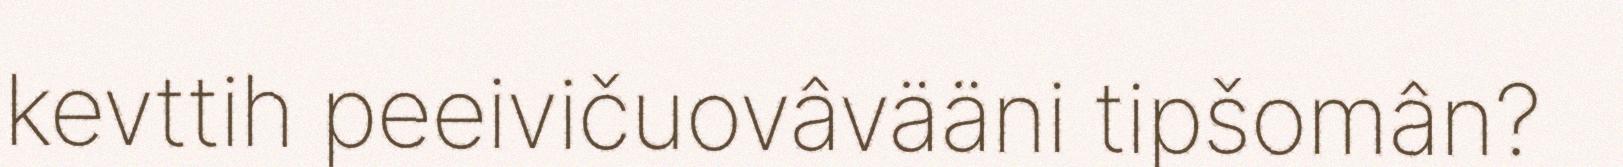
kevttih peeivičuovâvääni tipšomân?